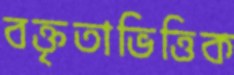
বক্তৃতাভিত্তিক